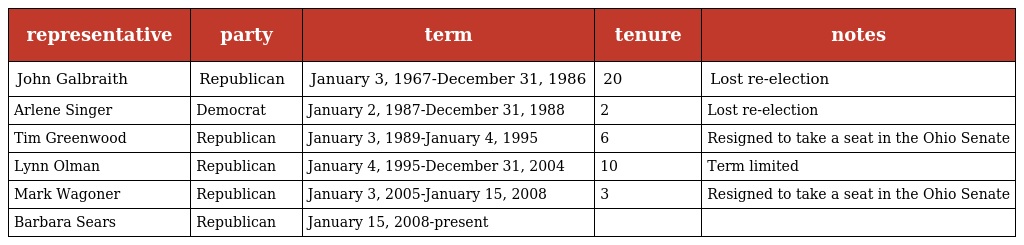
| representative | party | term | tenure | notes |
 | --- | --- | --- | --- | --- |
 | John Galbraith | Republican | January 3, 1967-December 31, 1986 | 20 | Lost re-election |
 | Arlene Singer | Democrat | January 2, 1987-December 31, 1988 | 2 | Lost re-election |
 | Tim Greenwood | Republican | January 3, 1989-January 4, 1995 | 6 | Resigned to take a seat in the Ohio Senate |
 | Lynn Olman | Republican | January 4, 1995-December 31, 2004 | 10 | Term limited |
 | Mark Wagoner | Republican | January 3, 2005-January 15, 2008 | 3 | Resigned to take a seat in the Ohio Senate |
 | Barbara Sears | Republican | January 15, 2008-present |  |  |